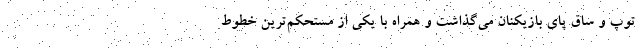
توپ و ساق پای بازیکنان می‌گذاشت و همراه با یکی از مستحکم‌ترین خطوط